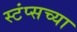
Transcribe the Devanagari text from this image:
स्टंप्सच्या